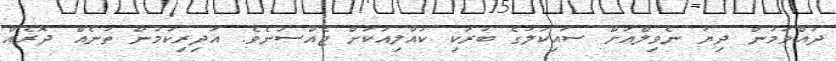
ދުއްވަމުން ދިޔަ ނެވިލްއަށް ސައިކަލުގެ ބުރަކި ކުއްލިއަކަށް ޖެއްސުނެވެ. އަދިރިކަމުން ތަނެއް ދޮރެއް